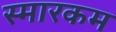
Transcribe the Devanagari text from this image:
स्मारकम